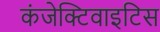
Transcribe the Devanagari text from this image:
कंजेक्टिवाइटिस